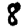
Digit: 8